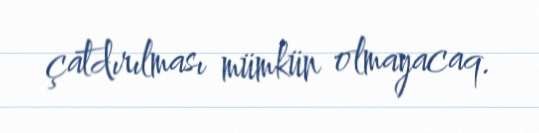
çatdırılması mümkün olmayacaq.